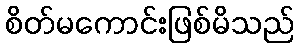
စိတ်မကောင်းဖြစ်မိသည်